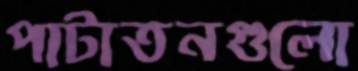
পাটাতনগুলো